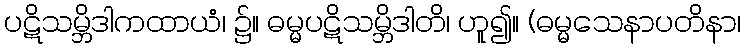
ပဋိသမ္ဘိဒါကထာယံ၊ ၌။ ဓမ္မပဋိသမ္ဘိဒါတိ၊ ဟူ၍။ (ဓမ္မသေနာပတိနာ၊